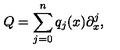
Q = \sum _ { j = 0 } ^ { n } q _ { j } ( x ) \partial _ { x } ^ { j } ,